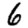
Digit: 6